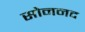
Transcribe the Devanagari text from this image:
सोननद